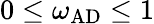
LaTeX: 0\leq\omega_{\mathrm{AD}}\leq 1